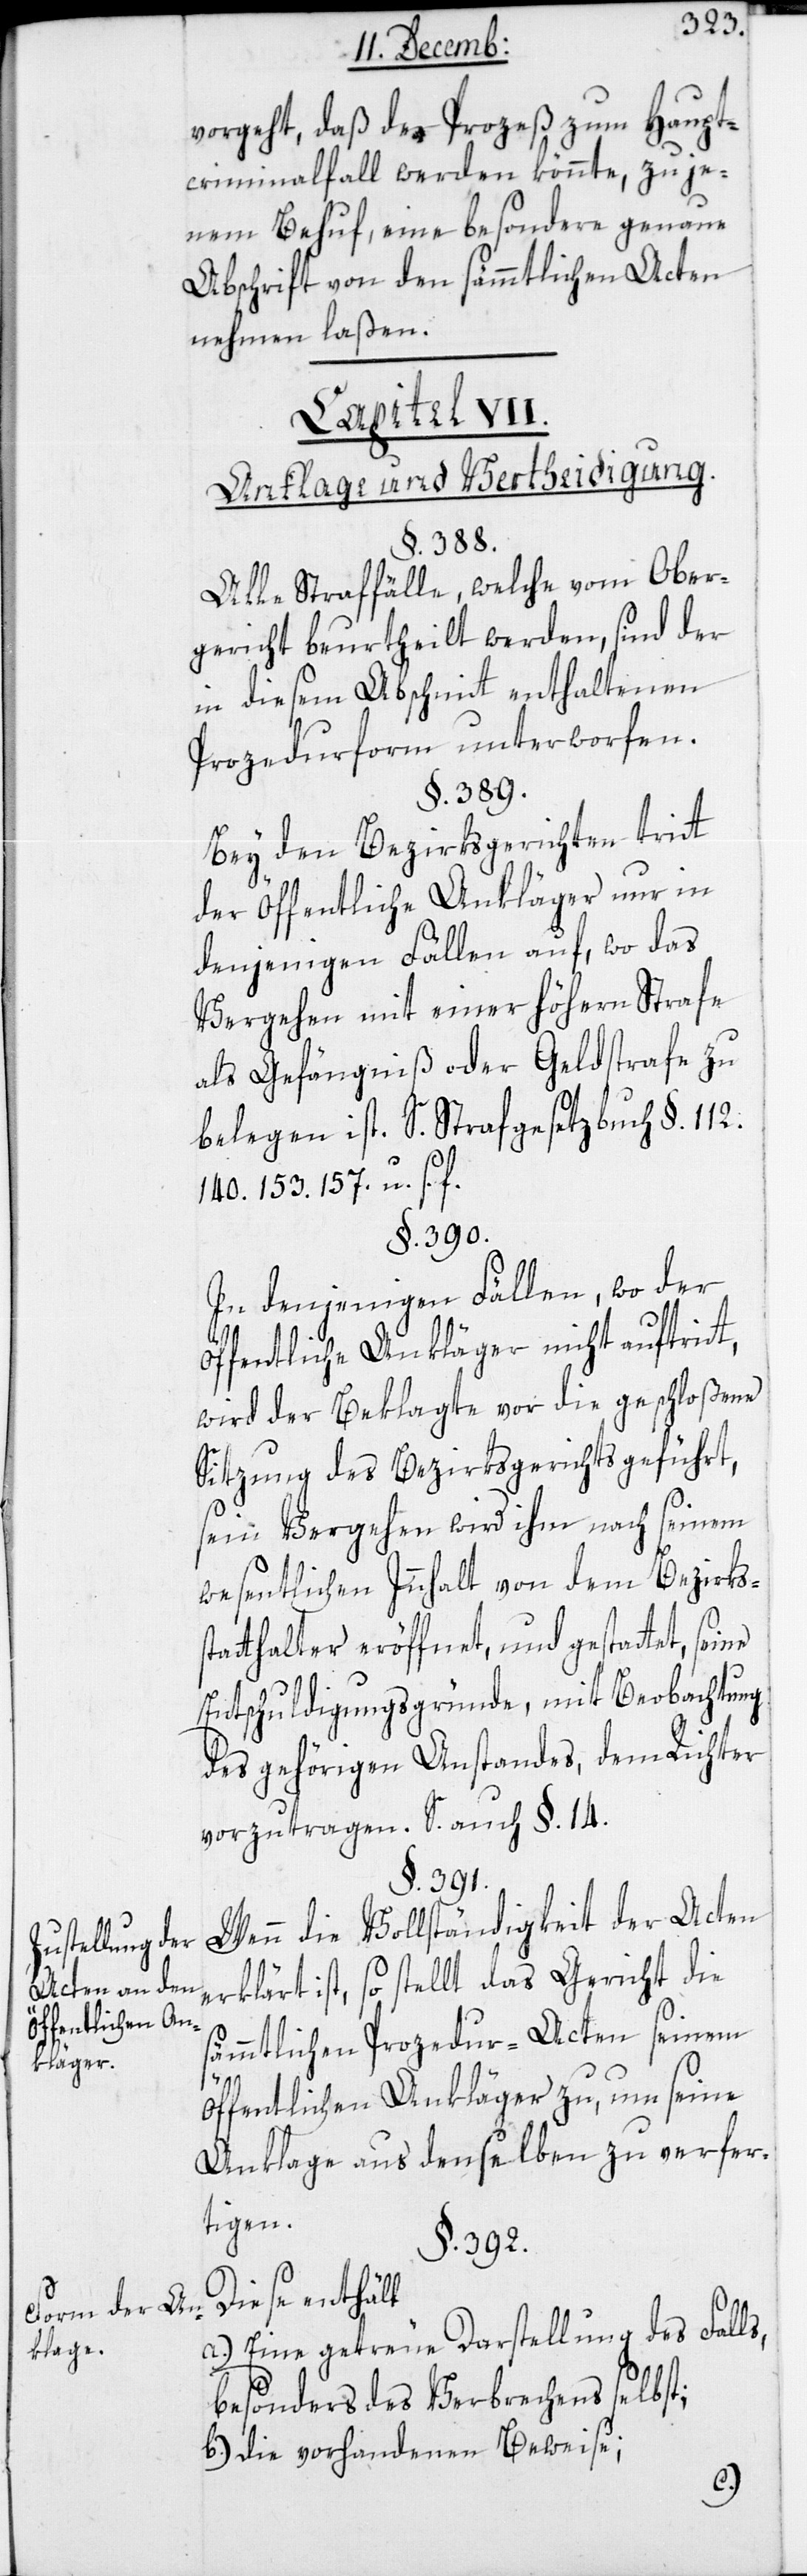
Zustellung der
Acten an den
Öffentlichen An¬
kläger.
Form der An¬
klage.

vorgeht, daß der Prozeß zum Haupt¬
criminalfall werden könnte, zu je¬
nem Behuf eine besondere genaue
Abschrift von den sämmtlichen Acten
nehmen laßen.
Capitel VII.
Anklage und Vertheidigung.
§. 388.
Alle Straffälle, welche vom Ober¬
gericht beurtheilt werden, sind der
in diesem Abschnitt enthaltenen
Prozedurform unterworfen.
§. 389.
Bey den Bezirksgerichten tritt
der Öffentliche Ankläger nur in
denjenigen Fällen auf, wo das
Vergehen mit einer höhern Strafe
als Gefängniß oder Geldstrafe zu
belegen ist. S. Strafgesetzbuch §. 112.
140. 153. 157. u. s. f.
§. 390.
In denjenigen Fällen, wo der
öffentliche Ankläger nicht auftritt,
wird der Beklagte vor die geschloßene
Sitzung des Bezirksgericht geführt,
sein Vergehen wird ihm nach seinem
wesentlichen Innhalt von dem Bezirkss¬
tatthalter eröffnet und gestattet,
Entschuldigungsgründe, mit Beobachtung
des gehörigen Anstandes, dem Richter
vorzutragen. S. auch §. 14.
§. 391.
Wenn die Vollständigkeit der Acten
erklärt ist, so stellt das Gericht die
sämmtlichen Prozedur-Acten seinem
öffentlichen Ankläger zu, um seine
Anklage aus denselben zu verfer¬
tigen.
§. 392.
Diese enthält:
a.) eine getreue Darstellung des Falls,
besonders des Verbrechens selbst;
b.) die vorhandenen Beweise;